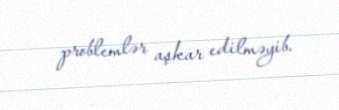
problemlər aşkar edilməyib.